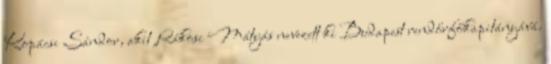
Kopácsi Sándor, akit Rákosi Mátyás nevezett ki Budapest rendőrfőkapitányává.